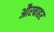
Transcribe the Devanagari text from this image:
औरबाहर